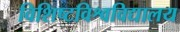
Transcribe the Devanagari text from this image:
विशिष्टविश्वविद्यालय